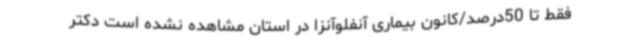
فقط تا 50درصد/کانون بیماری آنفلوآنزا در استان مشاهده نشده است دکتر